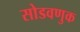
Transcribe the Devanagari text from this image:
सोडवणुक